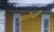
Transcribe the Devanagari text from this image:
यूजेन्यो